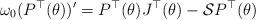
LaTeX: \begin{align*}\omega_0 (P^{\top}(\theta))' = P^{\top}(\theta)J^{\top}(\theta)- \mathcal{S}P^{\top}(\theta)\end{align*}